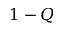
1 - Q